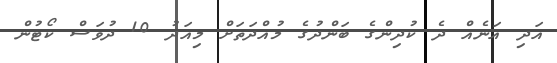
އަދި އަނެއް ދެ ކުދިންގެ ބަންދުގެ މުއްދަތަށް މިއަދު 10 ދުވަސް ކޯޓުން